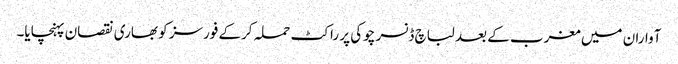
آواران میں مغرب کے بعد لباچ ڈنسر چوکی پر راکٹ حملہ کرکے فورسز کو بھاری نقصان پہنچایا۔